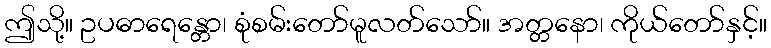
ဤသို့။ ဥပဓာရေန္တော၊ စုံစမ်းတော်မူလတ်သော်။ အတ္တနော၊ ကိုယ်တော်နှင့်။